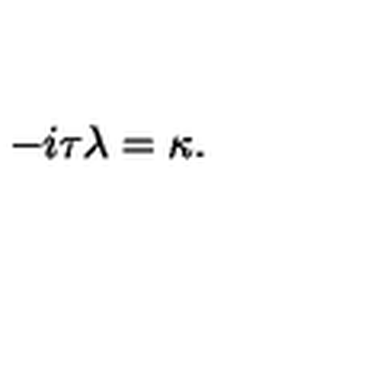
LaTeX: - i \tau \lambda = \kappa .